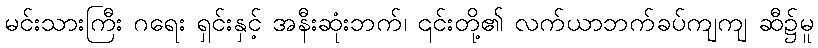
မင်းသားကြီး ဂရေး ရှင်းနှင့် အနီးဆုံးဘက်၊ ၎င်းတို့၏ လက်ယာဘက်ခပ်ကျကျ ဆီ၌မူ